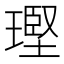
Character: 𪼑